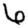
Digit: 6